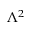
\Lambda ^ { 2 }